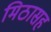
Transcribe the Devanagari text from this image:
मिठासह